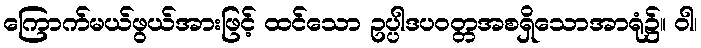
ကြောက်မယ်ဖွယ်အားဖြင့် ထင်သော ဥပ္ပါဒပဝတ္တအစရှိသောအာရုံ၌။ ဝါ၊